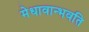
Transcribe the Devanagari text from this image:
मेधावान्भवति